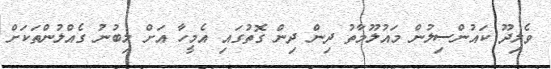
ވެލިދޫ ކައުންސިލުން މައުލޫމާތު ދިން ދިން ގޮތުގައި އެމީހާ އަށް ލިބުނު ގެއްލުންތަކަށް